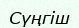
Сүңгіш